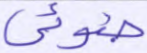
ضوئي